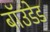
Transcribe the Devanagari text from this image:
बॉउंडेड